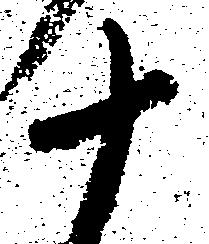
十